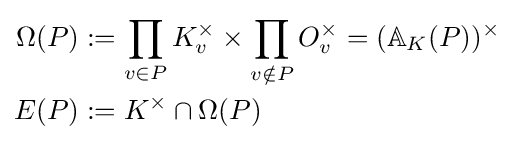
{\begin{aligned}\Omega (P)&:=\prod _{v\in P}K_{v}^{\times }\times \prod _{v\notin P}O_{v}^{\times }=(\mathbb {A} _{K}(P))^{\times }\\E(P)&:=K^{\times }\cap \Omega (P)\end{aligned}}